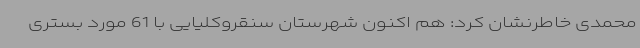
محمدی خاطرنشان کرد: هم اکنون شهرستان سنقروکلیایی با 61 مورد بستری